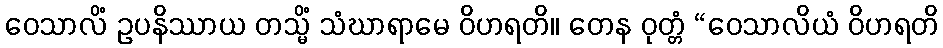
ဝေသာလိံ ဥပနိဿာယ တသ္မိံ သံဃာရာမေ ဝိဟရတိ။ တေန ဝုတ္တံ “ဝေသာလိယံ ဝိဟရတိ